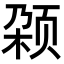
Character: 𬱡